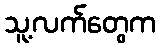
သူ့လက်တွေက